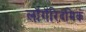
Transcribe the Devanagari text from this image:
लॉगॅरिदमिक